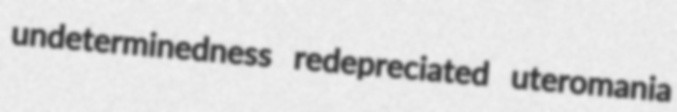
undeterminedness redepreciated uteromania